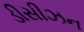
ડીસીઝન